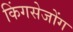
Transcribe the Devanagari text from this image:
किंगसेजोंग